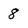
Character: 8